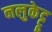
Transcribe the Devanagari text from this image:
नलुकेट्टू